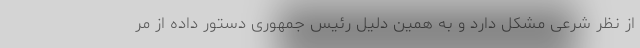
از نظر شرعی مشکل دارد و به همین دلیل رئیس جمهوری دستور داده از مر